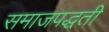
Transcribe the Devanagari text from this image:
समाजपद्धती